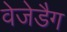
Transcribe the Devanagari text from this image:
वेजेडैग